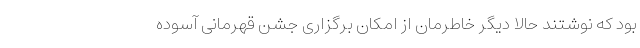
بود که نوشتند حالا دیگر خاطرمان از امکان برگزاری جشن قهرمانی آسوده